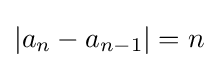
|a_{n}-a_{n-1}|=n